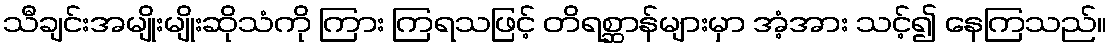
သီချင်းအမျိုးမျိုးဆိုသံကို ကြား ကြရသဖြင့် တိရစ္ဆာန်များမှာ အံ့အား သင့်၍ နေကြသည်။